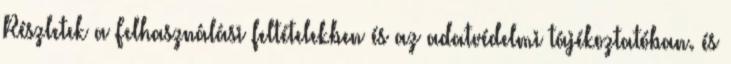
Részletek a Felhasználási feltételekben és az adatvédelmi tájékoztatóban. és